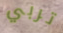
تربي